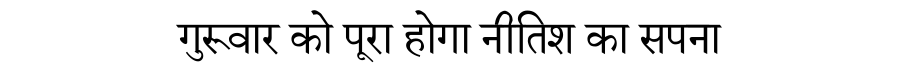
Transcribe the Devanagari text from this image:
गुरूवार को पूरा होगा नीतिश का सपना